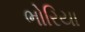
ભોરિયા